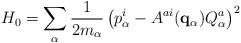
LaTeX: \begin{align*}H_0 = \sum_\alpha {1\over 2 m_\alpha}\left(p^i_\alpha-A^{ai} ({\bf q}_\alpha) Q^a_\alpha\right)^2\end{align*}